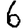
Digit: 6